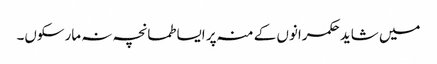
میں شاید حکمرانوں کے منہ پر ایسا طمانچہ نہ مارسکوں۔